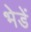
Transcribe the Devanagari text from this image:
भेडें